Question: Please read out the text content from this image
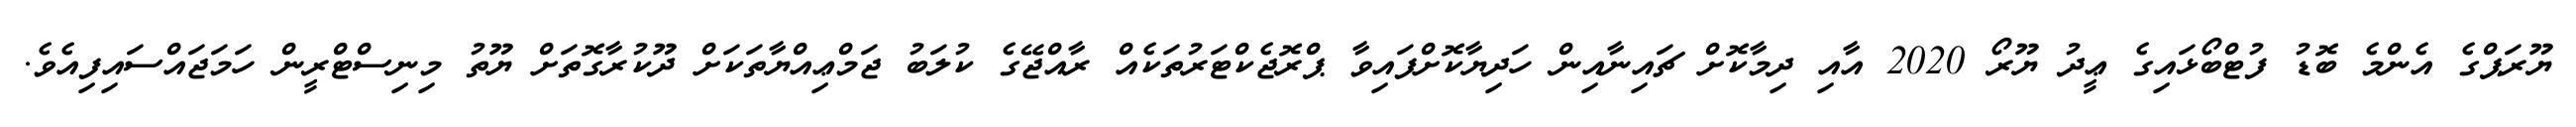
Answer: ޔޫރަޕްގެ އެންމެ ބޮޑު ފުޓްބޯޅައިގެ ޢީދު ޔޫރޯ 2020 އާއި ދިމާކޮށް ޗައިނާއިން ހަދިޔާކޮށްފައިވާ ޕްރޮޖެކްޓަރުތަކެއް ރާއްޖޭގެ ކުލަބު ޖަމްޢިއްޔާތަކަށް ދޫކުރާގޮތަށް ޔޫތު މިނިސްޓްރީން ހަމަޖައްސައިފިއެވެ.